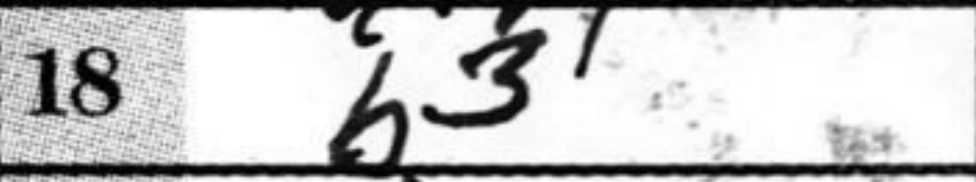
Transcription: b3